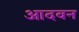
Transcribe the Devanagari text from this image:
आदवन